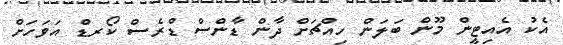
އެކު އެއިޓީން މޫން ބަލަން ހިއްޗަށް ދާން ޑާންސް ޑްރެސް ކޯރޑް އަވަހަށް